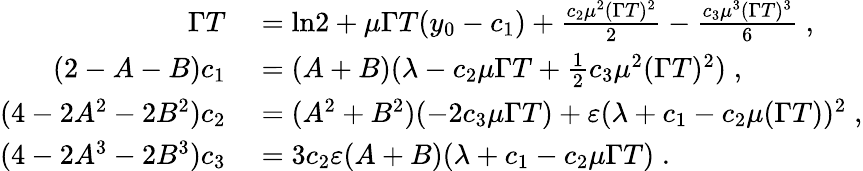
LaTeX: \begin{array}{rl}{\Gamma T}&{{}=\ln\! 2+\mu\Gamma T(y_{0}-c_{1})+\frac{c_{2}\mu^{2}(\Gamma T)^{2}}{2}-\frac{c_{3}\mu^{3}(\Gamma T)^{3}}{6}\; ,}\\ {(2-A-B)c_{1}}&{{}=(A+B)(\lambda-c_{2}\mu\Gamma T+\frac{1}{2}c_{3}\mu^{2}(\Gamma T)^{2})\; ,}\\ {(4-2A^{2}-2B^{2})c_{2}}&{{}=(A^{2}+B^{2})(-2c_{3}\mu\Gamma T)+\varepsilon(\lambda+c_{1}-c_{2}\mu(\Gamma T))^{2}\; ,}\\ {(4-2A^{3}-2B^{3})c_{3}}&{{}=3c_{2}\varepsilon(A+B)(\lambda+c_{1}-c_{2}\mu\Gamma T)\; .}\end{array}